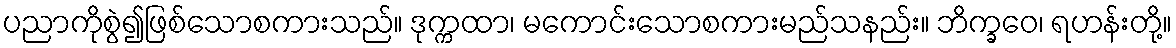
ပညာကိုစွဲ၍ဖြစ်သောစကားသည်။ ဒုက္ကထာ၊ မကောင်းသောစကားမည်သနည်း။ ဘိက္ခဝေ၊ ရဟန်းတို့။